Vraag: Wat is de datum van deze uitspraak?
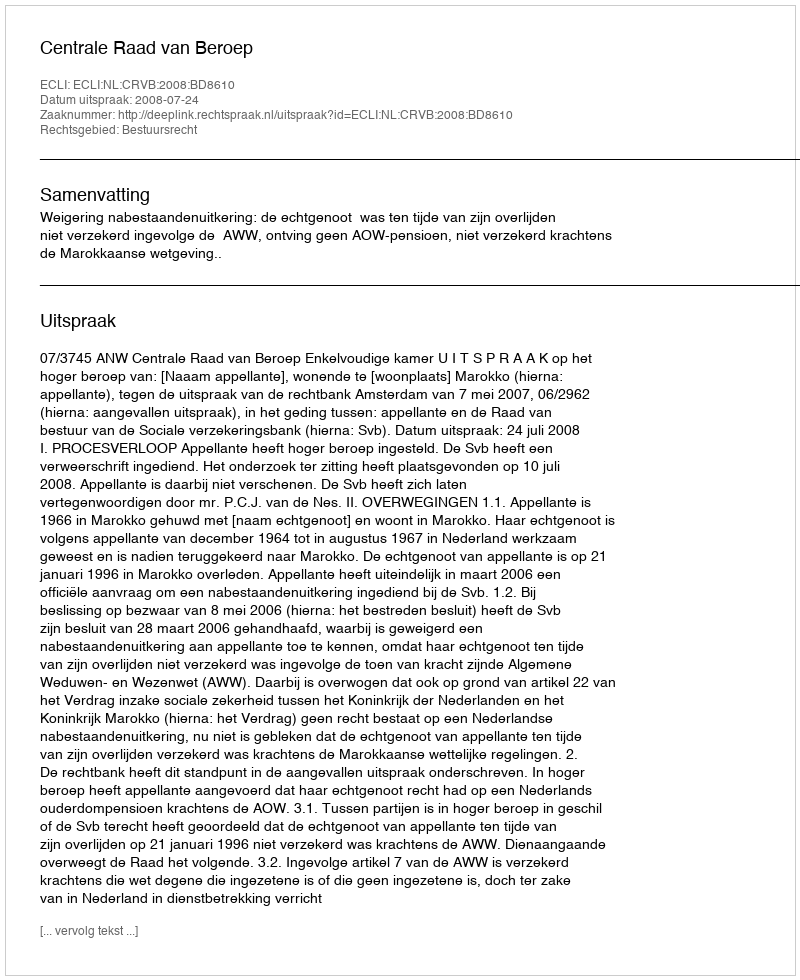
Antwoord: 2008-07-24